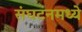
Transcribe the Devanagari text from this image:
संघटनमध्ये